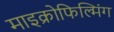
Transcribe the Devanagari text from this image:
माइक्रोफिल्मिंग